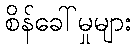
စိန်ခေါ်မှုများ